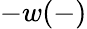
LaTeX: -w(-)